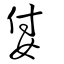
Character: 姇